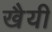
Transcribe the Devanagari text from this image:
खैयी